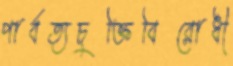
পার্বত্যচুক্তিবিরোধী